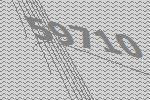
59710